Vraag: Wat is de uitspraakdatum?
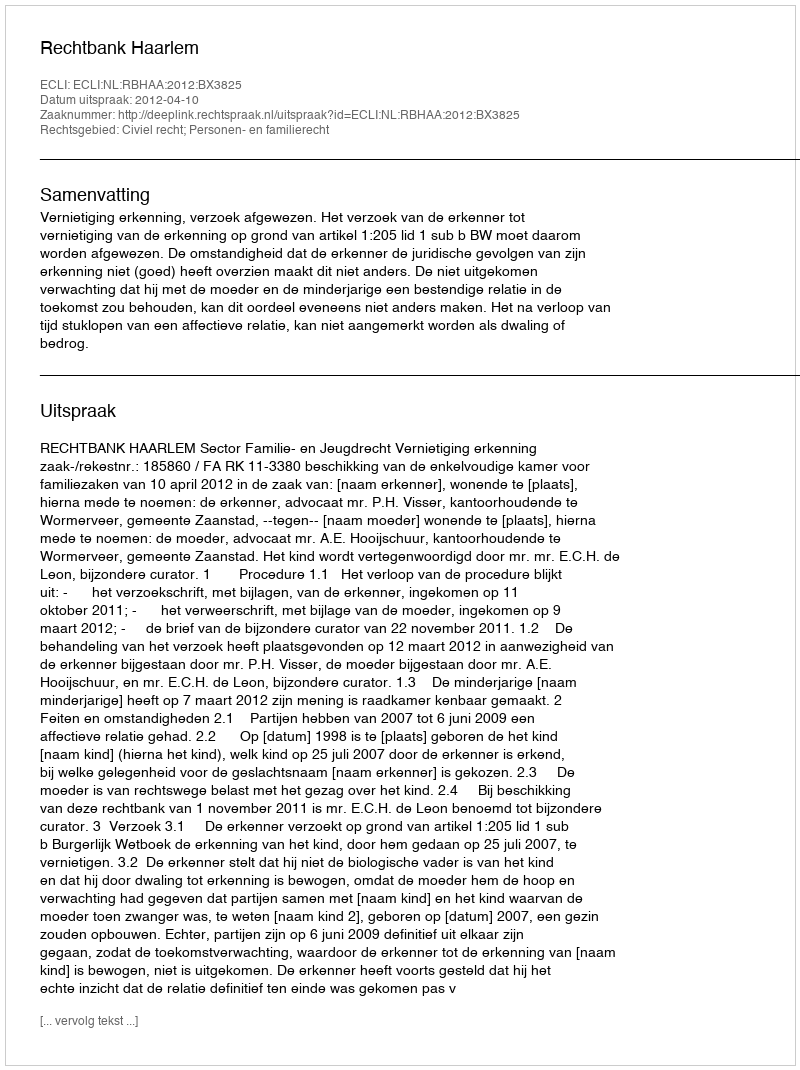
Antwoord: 2012-04-10